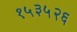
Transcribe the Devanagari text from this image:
१५३५२६